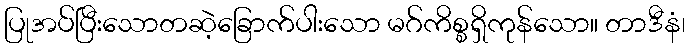
ပြုအပ်ပြီးသောတဆဲ့ခြောက်ပါးသော မဂ်ကိစ္စရှိကုန်သော။ တာဒီနံ၊